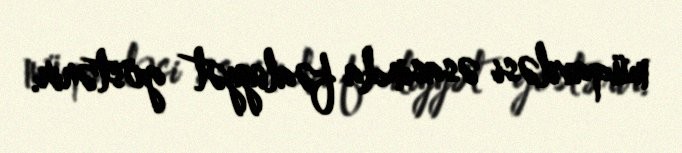
müqaviləsi əsasında fəaliyyət göstərir.